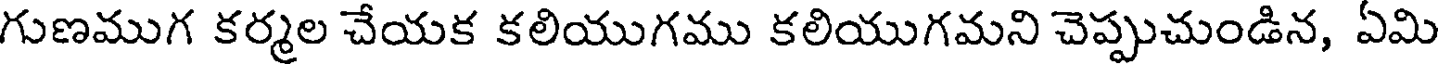
గుణముగ కర్మల చేయక కలియుగము కలియుగమని చెప్పుచుండిన, ఏమి